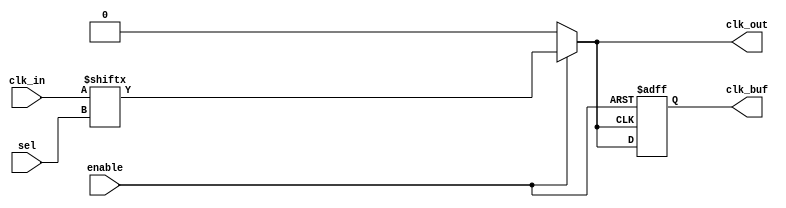
module clock_multiplexer_buffer #(
    parameter N = 4,  // number of clock inputs
    parameter M = 2   // number of select lines (2^M >= N)
)(
    input  wire [N-1:0] clk_in,    // Clock inputs
    input  wire [M-1:0] sel,        // Select lines
    input  wire enable,              // Enable signal
    output reg  clk_out,             // Selected clock output
    output reg  clk_buf              // Buffered clock output
);

// Internal signal to hold the selected clock
wire selected_clk;

// Generate selected clock based on select lines
assign selected_clk = clk_in[sel];

// Clock output and buffering
always @* begin
    if (enable) begin
        clk_out = selected_clk;  // Route the selected clock
    end else begin
        clk_out = 1'b0;          // Hold low when not enabled
    end
end

// Buffered output logic
always @(posedge clk_out or negedge enable) begin
    if (!enable) begin
        clk_buf <= 1'b0; // Hold low when disabled
    end else begin
        clk_buf <= clk_out; // Buffered output follows the clk_out
    end
end

endmodule